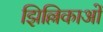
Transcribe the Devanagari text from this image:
झिल्लिकाओं